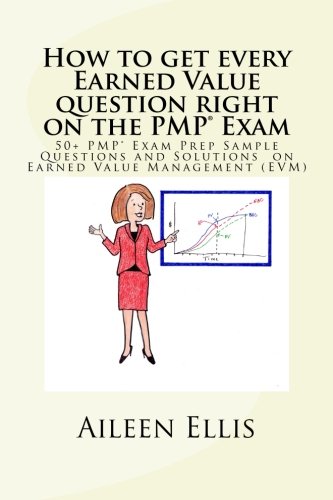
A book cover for How to get every Earned Value question right on the PMPÂ® Exam: 50+ PMPÂ® Exam Prep Sample Questions and Solutions  on Earned Value Management (EVM) (PMP Exam Prep Simplified) (Volume 1); Aileen Ellis PMP; Test Preparation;